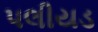
પલીયડ